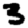
Digit: 3